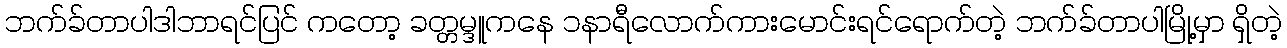
ဘက်ခ်တာပါဒါဘာရင်ပြင် ကတော့ ခတ္တမ္ဒူကနေ ၁နာရီလောက်ကားမောင်းရင်ရောက်တဲ့ ဘက်ခ်တာပါမြို့မှာ ရှိတဲ့